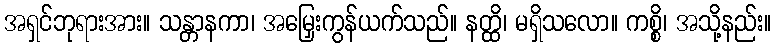
အရှင်ဘုရားအား။ သန္တာနကာ၊ အမြှေးကွန်ယက်သည်။ နတ္ထိ၊ မရှိသလော။ ကစ္စိ၊ အသို့နည်း။